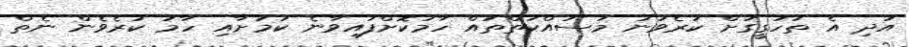
އަދި އެ ތަހުގީގަށް ކުރެވުނު މަސައްކަތްތައް ހާމަކޮށްފައިވާނެ ކަމަށާއި ހާމަ ކުރެވެން ނެތް